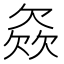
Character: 𣣓